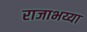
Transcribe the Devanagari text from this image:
राजाभय्या